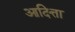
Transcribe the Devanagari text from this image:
आदित्ता